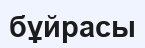
бұйрасы